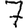
Digit: 7